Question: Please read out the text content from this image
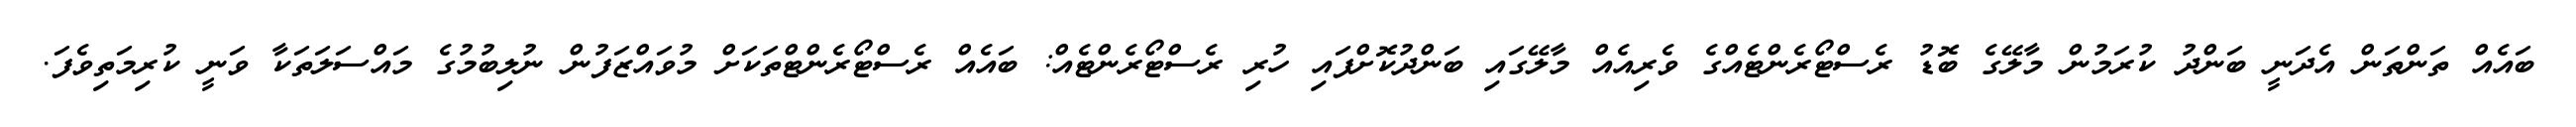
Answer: ބައެއް ތަންތަން އެދަނީ ބަންދު ކުރަމުން މާލޭގެ ބޮޑު ރެސްޓޯރެންޓެއްގެ ވެރިއެއް މާލޭގައި ބަންދުކޮށްފައި ހުރި ރެސްޓޯރެންޓެއް: ބައެއް ރެސްޓޯރެންޓްތަކަށް މުވައްޒަފުން ނުލިބުމުގެ މައްސަލަތަކާ ވަނީ ކުރިމަތިވެފަ.